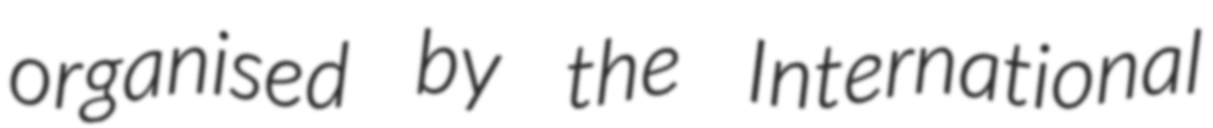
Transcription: organised by the International